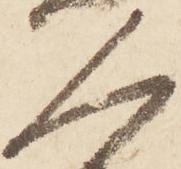
人